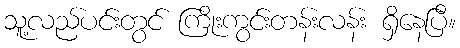
သူ့လည်ပင်းတွင် ကြိုးကွင်းတန်းလန်း ရှိနေပြီ။